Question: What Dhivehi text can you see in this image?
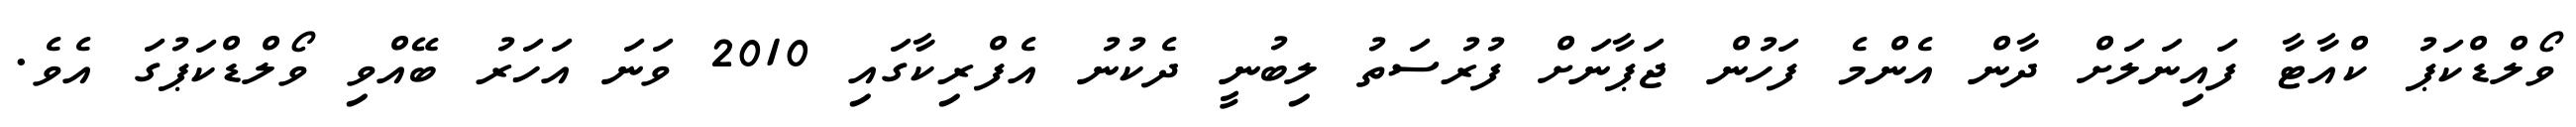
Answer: ވޯލްޑްކަޕު ކްއާޓާ ފައިނަލަށް ދާން އެންމެ ފަހުން ޖަޕާނަށް ފުރުސަތު ލިބުނީ ދެކުނު އެފްރިކާގައި 2010 ވަނަ އަހަރު ބޭއްވި ވޯލްޑްކަޕުގަ އެވެ.